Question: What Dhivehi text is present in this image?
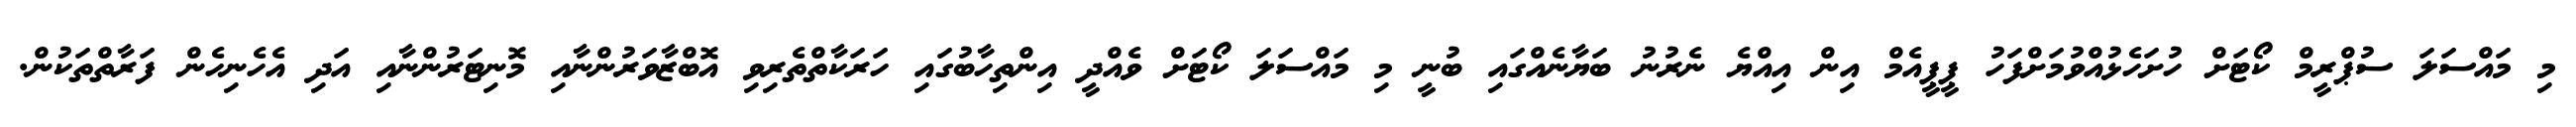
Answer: މި މައްސަލަ ސުޕްރީމް ކޯޓަށް ހުށަހެޅުއްވުމަށްފަހު ޕީޕީއެމް އިން އިއްޔެ ނެރުނު ބަޔާނެއްގައި ބުނީ މި މައްސަލަ ކޯޓަށް ވެއްދީ އިންތިހާބުގައި ހަރަކާތްތެރިވި އޮބްޒާވަރުންނާއި މޮނިޓަރުންނާއި އަދި އެހެނިހެން ފަރާތްތަކުން.